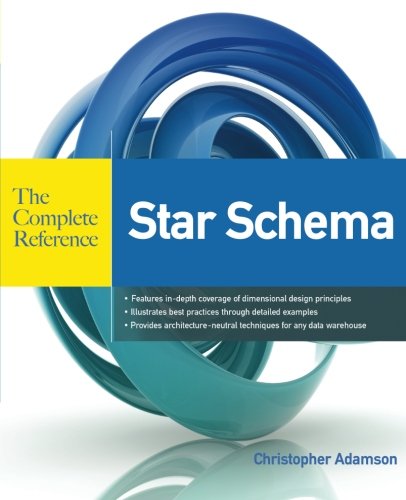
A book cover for Star Schema The Complete Reference; Christopher Adamson; Computers & Technology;